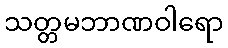
သတ္တမဘာဏဝါရော